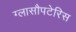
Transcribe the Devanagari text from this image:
ग्लासौपटेरिस